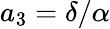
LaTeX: a_{3}=\delta/\alpha